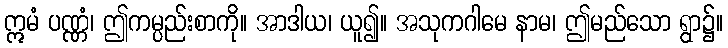
ဣမံ ပဏ္ဏံ၊ ဤကမ္ပည်းစာကို။ အာဒါယ၊ ယူ၍။ အသုကဂါမေ နာမ၊ ဤမည်သော ရွာ၌။